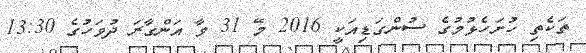
ތަކެތި ހުށަހެޅުމުގެ ސުންގަޑިއަކީ 2016 މޭ 31 ވާ އަންގާރަ ދުވަހުގެ 13:30